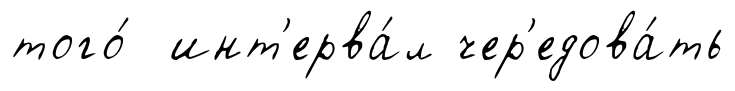
того́ инт'ерва́л чер'едова́ть